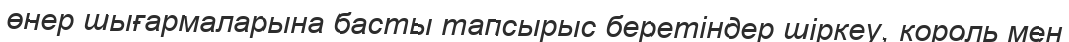
өнер шығармаларына басты тапсырыс беретіндер шіркеу, король мен